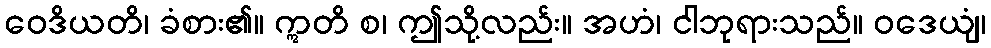
ဝေဒိယတိ၊ ခံစား၏။ ဣတိ စ၊ ဤသို့လည်း။ အဟံ၊ ငါဘုရားသည်။ ဝဒေယျံ၊